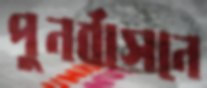
পুনর্বাসনে